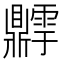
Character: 𬹫